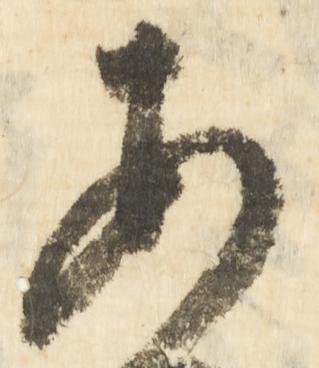
安